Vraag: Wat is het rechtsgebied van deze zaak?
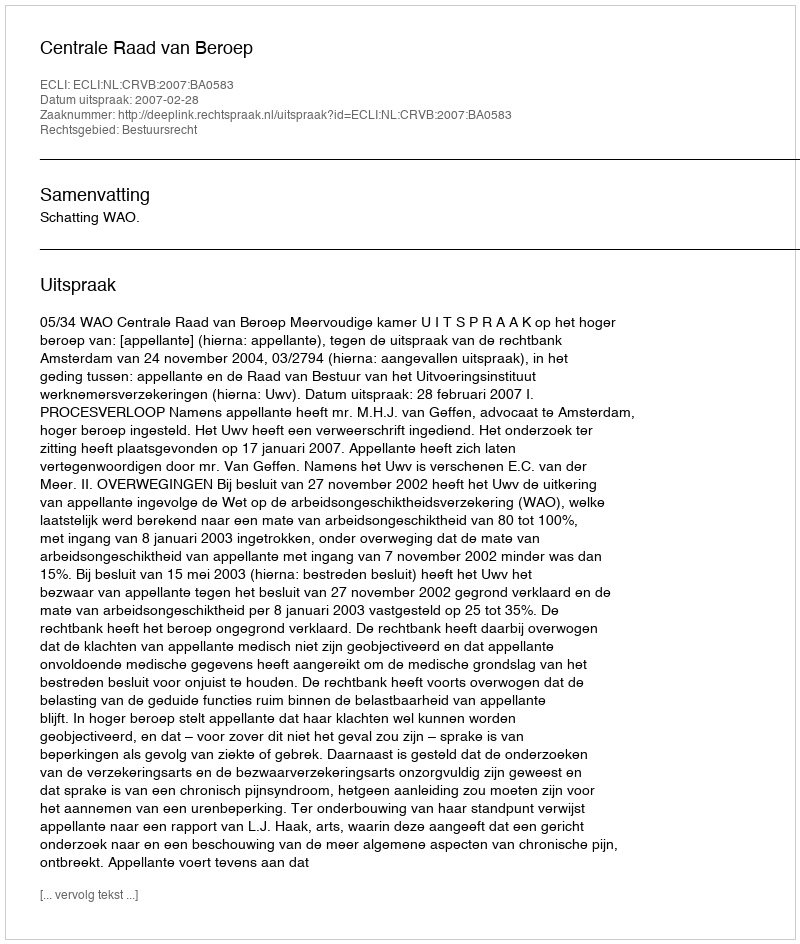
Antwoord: Bestuursrecht